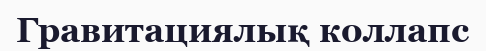
Гравитациялық коллапс